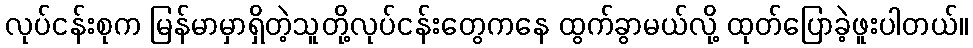
လုပ်ငန်းစုက မြန်မာမှာရှိတဲ့သူတို့လုပ်ငန်းတွေကနေ ထွက်ခွာမယ်လို့ ထုတ်ပြောခဲ့ဖူးပါတယ်။